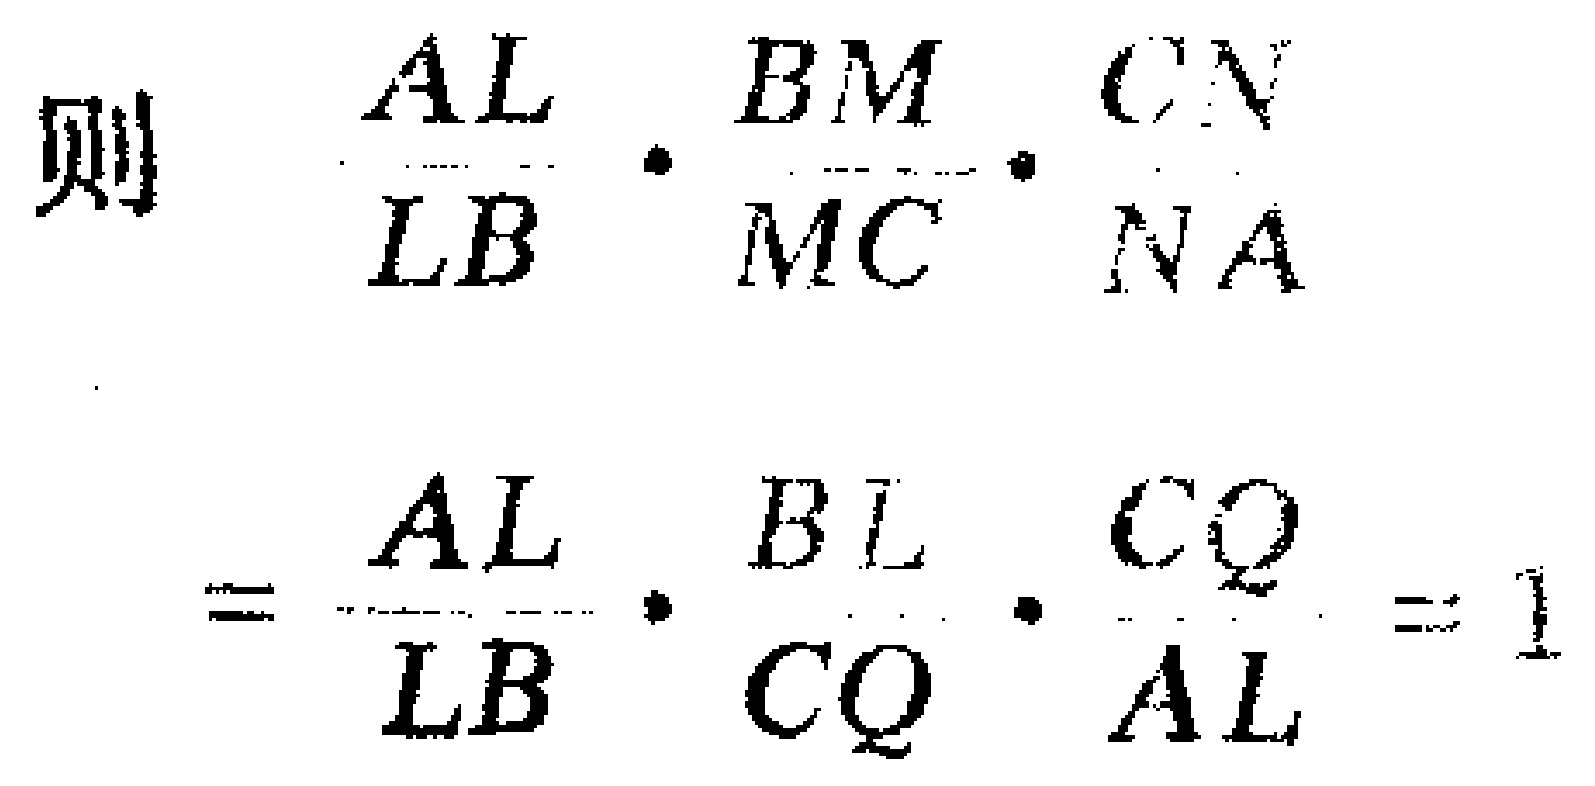
则 \(\frac{AL}{LB}\cdot\frac{BM}{MC}\cdot\frac{CN}{NA}\)

\(=\frac{AL}{LB}\cdot\frac{BL}{CQ}\cdot\frac{CQ}{AL}=1\)